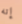
إنه